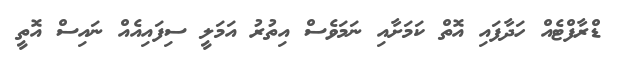
ޑްރާފްޓެއް ހަދާފައި އޮތް ކަމަށާއި ނަމަވެސް އިތުރު އަމަލީ ސިފައިއެއް ނައިސް އޮތީ